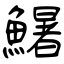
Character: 鱪